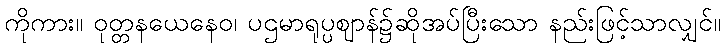
ကိုကား။ ဝုတ္တနယေနေဝ၊ ပဌမာရုပ္ပဈာန်၌ဆိုအပ်ပြီးသော နည်းဖြင့်သာလျှင်။